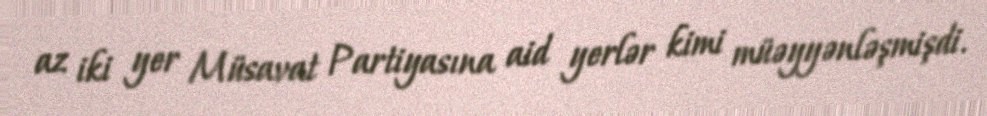
az iki yer Müsavat Partiyasına aid yerlər kimi müəyyənləşmişdi.